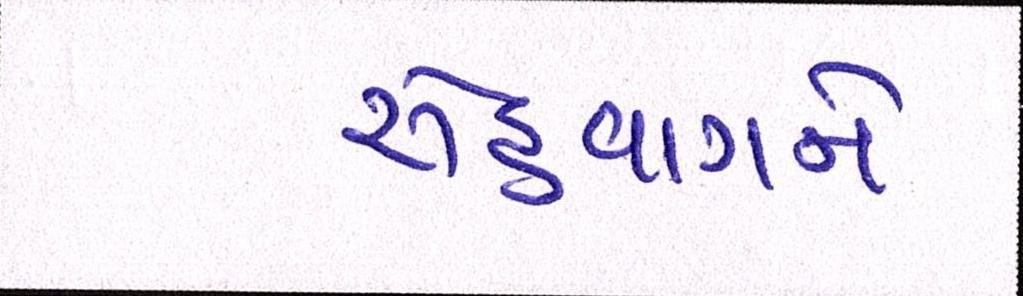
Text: સેહવાગને